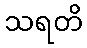
သရတိ